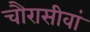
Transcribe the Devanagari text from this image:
चौरासीवां